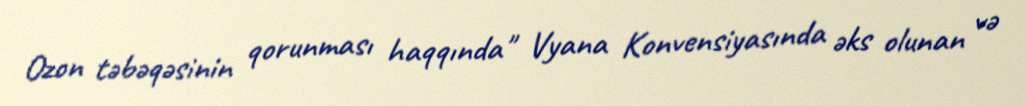
Ozon təbəqəsinin qorunması haqqında" Vyana Konvensiyasında əks olunan və